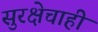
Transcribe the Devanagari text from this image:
सुरक्षेचाही